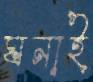
ঘনাই